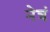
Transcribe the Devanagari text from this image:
नेत्रं